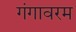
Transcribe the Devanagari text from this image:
गंगावरम